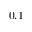
0 . 1